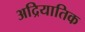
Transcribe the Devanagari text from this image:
अद्रियातिक